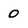
Character: 0